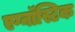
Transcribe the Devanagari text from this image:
एग्नॉस्टिक